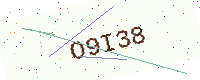
Text: O9I38